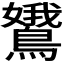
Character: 𬷭